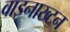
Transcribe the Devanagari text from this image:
वाइनाख्टन